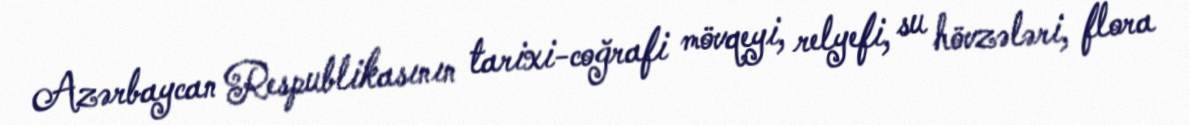
Azərbaycan Respublikasının tarixi-coğrafi mövqeyi, relyefi, su hövzələri, flora